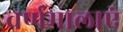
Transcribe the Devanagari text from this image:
वर्णमालाएं